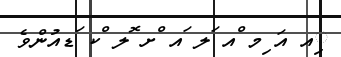
ިއ އަ ިމ ްއ ަލ ައ ްށ ޮލ ްކ ަޑއުންވެ